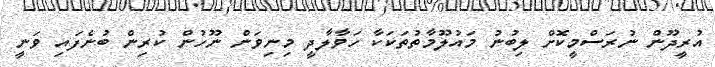
އުރީދޫން ނުރަސްމީކޮށް ލިބުނު މައުލޫމާތުތަކަކާ ހަވާލާދީ މިނިވަން ނޫހުން ކުރިން ބުނެފައި ވަނީ